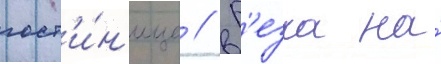
гост'и́н'ице // Р'езка на́